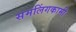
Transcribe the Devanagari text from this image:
समलिंगकामी